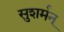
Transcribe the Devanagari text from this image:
सुशर्मन्